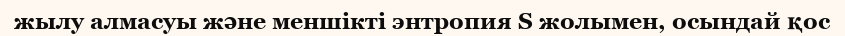
жылу алмасуы және меншікті энтропия S жолымен, осындай қос